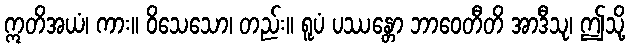
ဣတိအယံ၊ ကား။ ဝိသေသော၊ တည်း။ ရူပံ ပဿန္တော ဘာဝေတီတိ အာဒီသု၊ ဤသို့